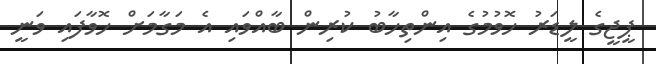
ޕީޖީގެ ލީޑަރު ހޮވުމުގެ އިންތިހާބު ކުރިން ބާއްވައި އެ މަގާމަށް ހޮވާފައި ވަނީ